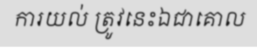
ការយល់ ត្រូវនេះឯជាគោល